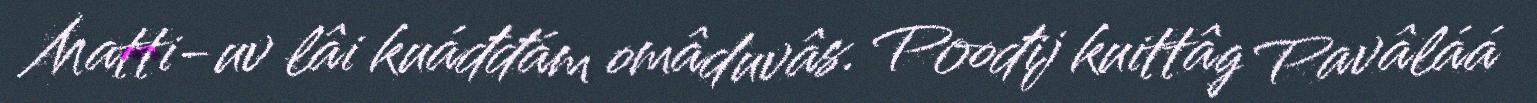
Matti-uv lâi kuáđđám omâduvâs. Poođij kuittâg Pavâláá